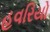
હવરિયો